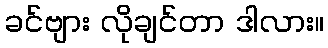
ခင်ဗျား လိုချင်တာ ဒါလား။